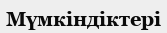
Мүмкіндіктері